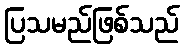
ပြသမည်ဖြစ်သည်